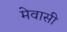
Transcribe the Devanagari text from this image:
मेवासी